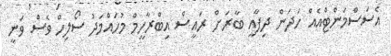
އެސަސްމަންޓްއެއް ހަދަން ދިފާއީ ބާރަށް ރައީސް އިބްރާހީމް މުހައްމަދު ސޯލިހް ވެސް ވަނީ